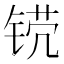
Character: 𬭒